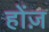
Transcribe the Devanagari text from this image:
होंज़